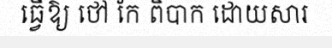
ធ្វើឱ្យ ថៅ កែ ពិបាក ដោយសារ